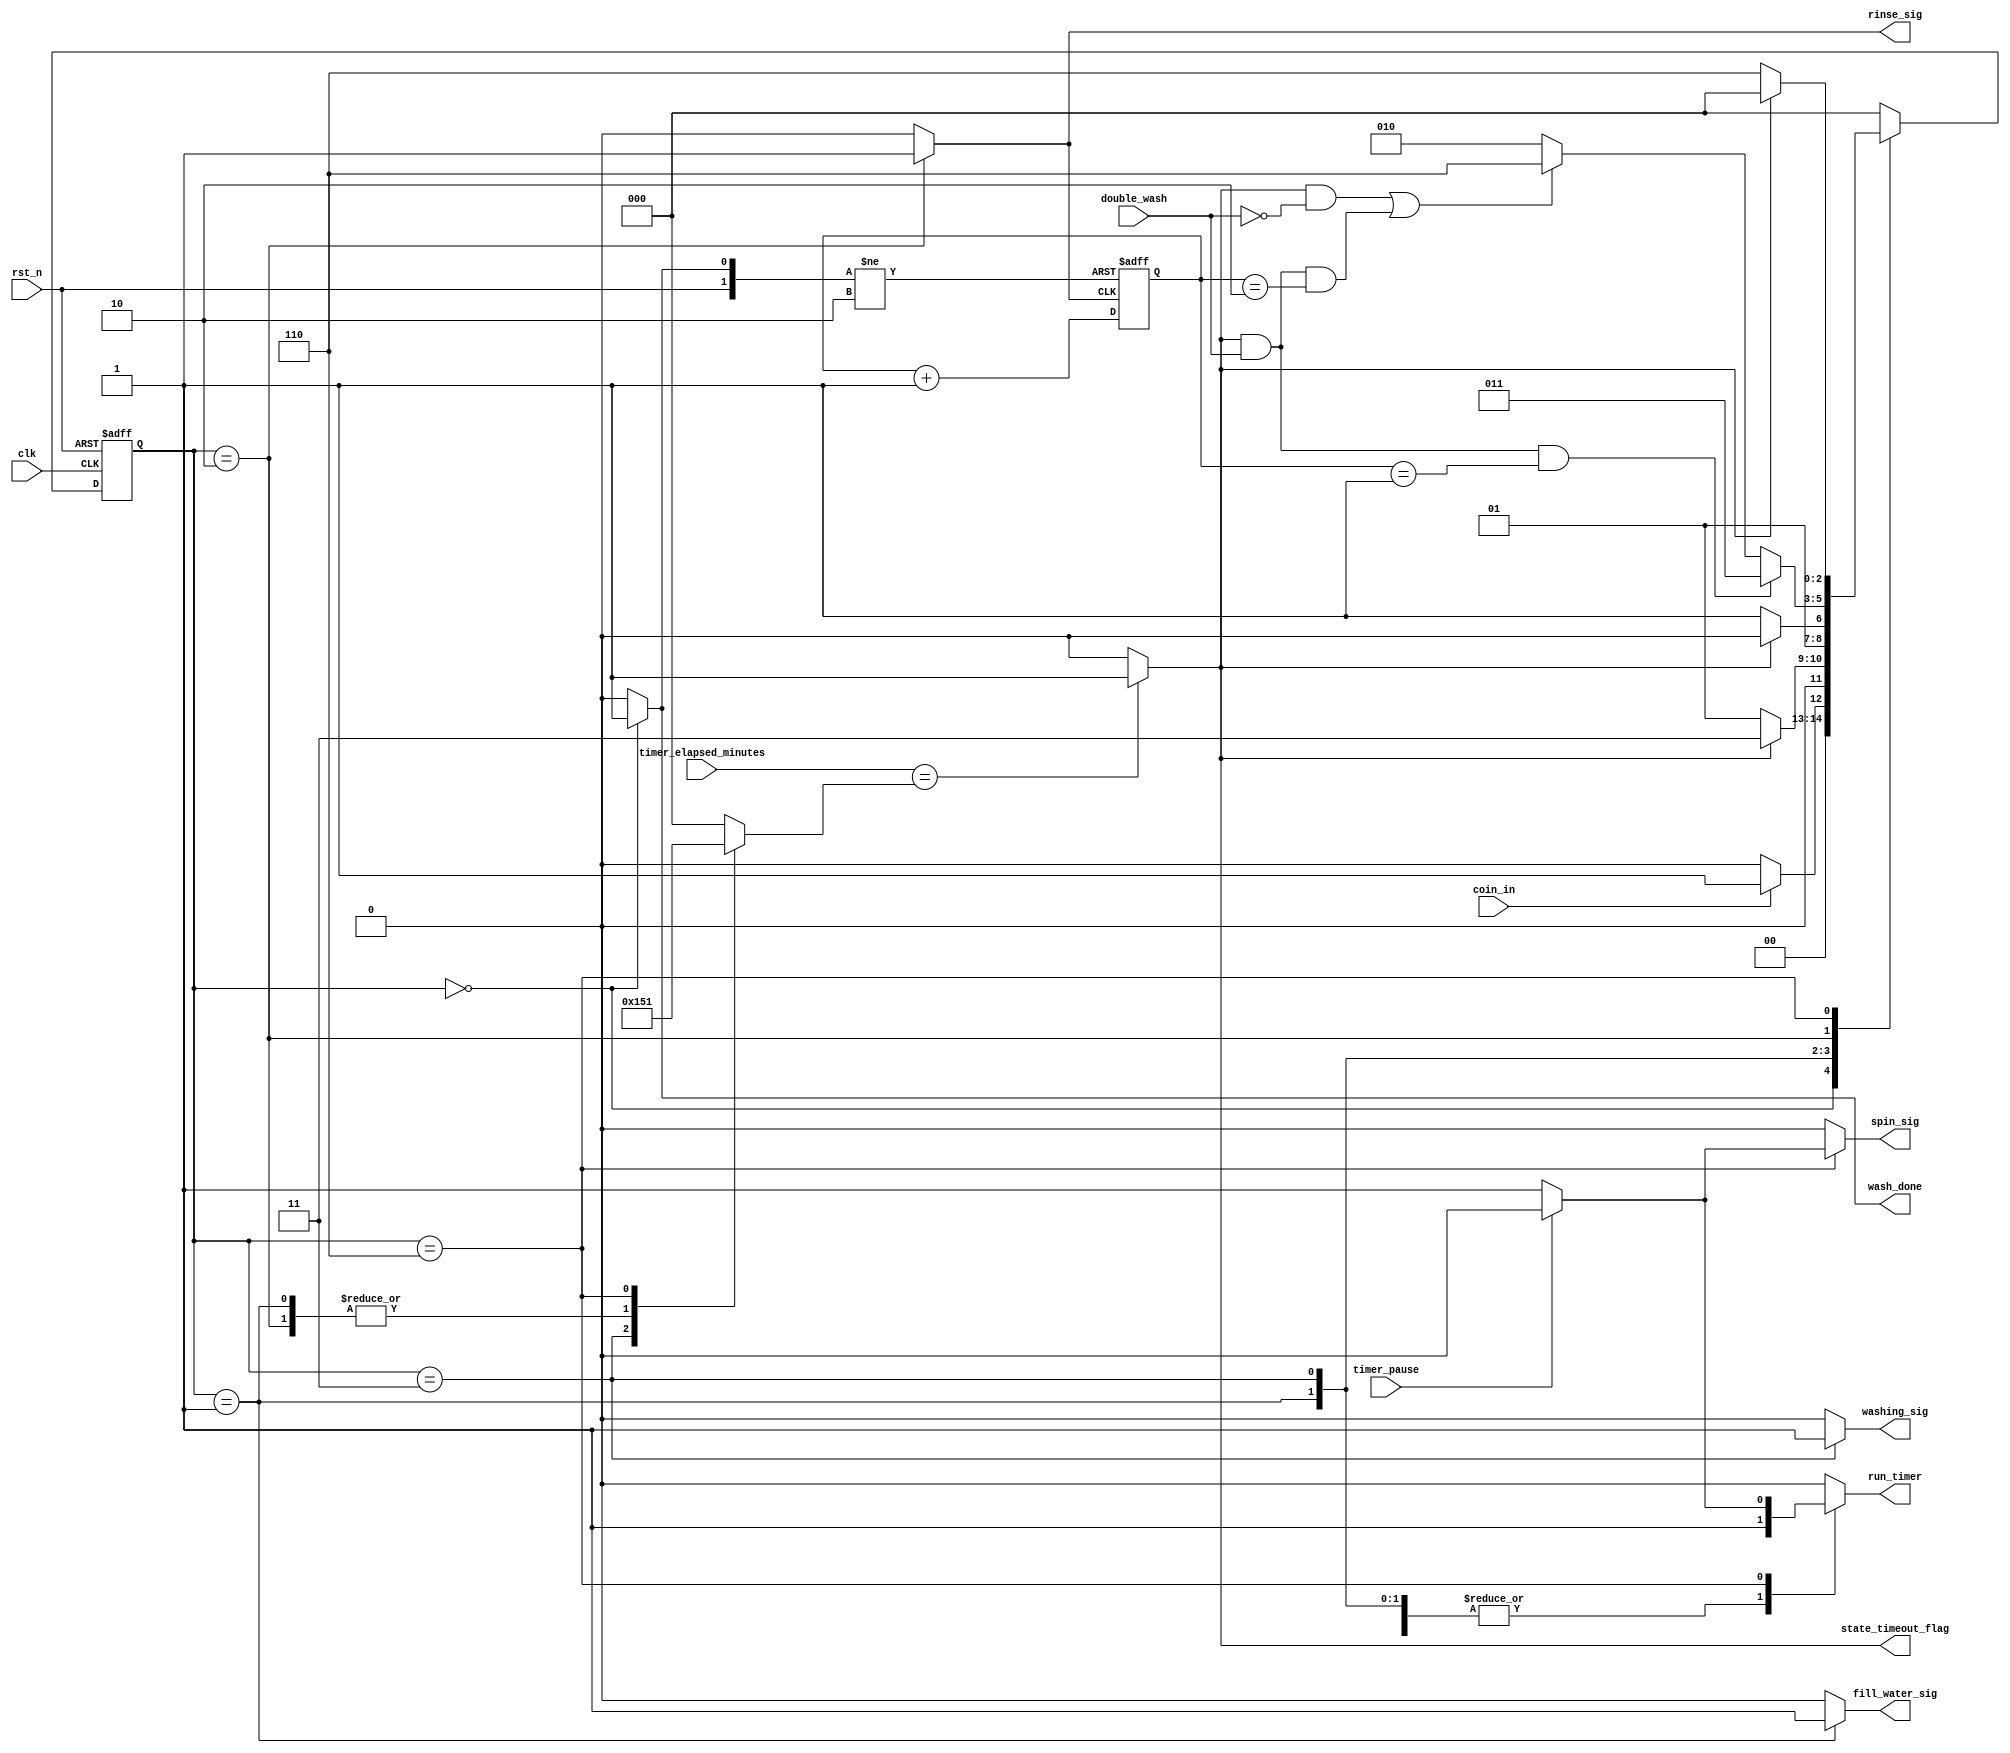
module WashingMachineCU (

input	wire			rst_n, //The Asynchronous Reset
input	wire			clk,  //The output clock from the clock divider
input	wire			coin_in,
input	wire			double_wash,
input	wire			timer_pause,

//The Following input is comming from the Timer "i.e: it's the output of the timer"
input	wire	[2:0]	timer_elapsed_minutes, //this signal informs the CU with output time from the timer

output 	reg				wash_done,  

//Aditional Signals For debugging in the testbench
output	reg				fill_water_sig, 
output	reg				washing_sig,
output	reg				rinse_sig,
output	reg				spin_sig,

//The following signals are control signals to the timer
output	reg				run_timer,  //this signal runs the timer if high, and pauses it if low
output 	wire			state_timeout_flag  //this signal goes high current state duration is elapsed, so it's used to restart the timer in order to start to count over again for the new state, 
											//also this signal is used internally in the control unit in the transition condition between the FSM states.
);
 
//states encoded by gray code, For less switching power
localparam          Idle  = 3'b000 ,
                    Filling_Water = 3'b001 ,                    
                    Washing = 3'b011 ,
					Rinsing = 3'b010 ,
					Spinning = 3'b110 ;
					

reg     [2:0]       current_state ,
                    next_state ;
					
reg		[2:0]		current_state_duration ; //it's assigned with the current state duration.	

reg		[1:0]		wash_rinse_count ;  //This is a Counter that counts the number of "wash tnen rise" cycles, it helps in deciding the next state in both case double wash and single wash 

reg					increment_wash_rinse_count ; //Used to trigger the above wash_rinse counter
 
 assign state_timeout_flag = (timer_elapsed_minutes == current_state_duration) ? 1'b1 : 1'b0 ;  //this flag goes high when the timer reaches the required current state time 
 //(example: if rinsing state "which has 2 minutes duration" is the current state, So when the timer reaches 2 minutes the state_timeout_flag goes high
 
////////////////////////////////////////////////////////
///////////////////////  FSM  //////////////////////////
////////////////////////////////////////////////////////

//We will write the FSM in 3 always blocks

//state transition
always @ (posedge clk or negedge rst_n)
 begin
  if(!rst_n)
   begin
    current_state <= Idle ;
   end
  else
   begin
    current_state <= next_state ;
   end
 end
 
 //next state logic
 always @ (*)
  begin
	case (current_state)
	Idle		:	
				begin
	
				 if ( coin_in )
				  begin
				   next_state = Filling_Water ;
				  end
				 else
				  begin
				   next_state = Idle ;
				  end
				  
				end

	Filling_Water:
				begin
	
				 if ( state_timeout_flag )
				  begin
				   next_state = Washing ;
				  end
				 else
				  begin
				   next_state = Filling_Water ;
				  end
				  
				end
				
	Washing		:
				begin
	
				 if ( state_timeout_flag )
				  begin
				   next_state = Rinsing ;
				  end
				 else
				  begin
				   next_state = Washing ;
				  end
				  
				end
	
	Rinsing		:
				begin
				
				 if ( state_timeout_flag && double_wash && wash_rinse_count == 2'd1 )
				  begin
				   next_state = Washing ;
				  end
				 else if ( (state_timeout_flag && !double_wash) || (state_timeout_flag && double_wash && (wash_rinse_count == 2'd2) ) )
				  begin
				   next_state = Spinning ;
				  end
				 else 
				  begin
				   next_state = Rinsing ;
				  end
				  
				end
		
	Spinning	:
				begin
	
				 if ( state_timeout_flag )
				  begin
				   next_state = Idle ;
				  end
				 else
				  begin
				   next_state = Spinning ;
				  end
				  
				end
				
	default 	: 
				begin
                 next_state = Idle  ;
				end  
    endcase 
  end
  
  //output logic
always @ (*)
 begin
  wash_done  = 1'b0 ;
  current_state_duration  = 3'b0 ;
  run_timer = 1'b0 ;
  
  fill_water_sig = 1'b0 ;
  washing_sig = 1'b0 ;
  rinse_sig = 1'b0 ;
  spin_sig = 1'b0 ;

  increment_wash_rinse_count = 1'b0;
  
   case (current_state)
	Idle   	:  
			begin
             wash_done = 1'b1 ;
			 current_state_duration  = 3'd0 ;
			 run_timer = 1'b0 ;
			 
			 fill_water_sig = 1'b0 ;
			 washing_sig = 1'b0 ;
			 rinse_sig = 1'b0 ;
			 spin_sig = 1'b0 ;
			 increment_wash_rinse_count = 1'b0;
             end
			 
  Filling_Water:
			begin
			 wash_done = 1'b0 ;
			 current_state_duration  = 3'd2 ;
			 run_timer = 1'b1 ;
			 
			 fill_water_sig = 1'b1 ;
			 washing_sig = 1'b0 ;
			 rinse_sig = 1'b0 ;
			 spin_sig = 1'b0 ;
			 increment_wash_rinse_count = 1'b0;
			end
				
	Washing	:
			begin
			 wash_done = 1'b0 ;
			 current_state_duration  = 3'd5 ;
			 run_timer = 1'b1 ;
			 
			 fill_water_sig = 1'b0 ;
			 washing_sig = 1'b1 ;
			 rinse_sig = 1'b0 ;
			 spin_sig = 1'b0 ;
			 increment_wash_rinse_count = 1'b0;
			end
			
	Rinsing	:
			begin
			 wash_done = 1'b0 ;
			 current_state_duration  = 3'd2 ;
			 run_timer = 1'b1 ;
			 
			 fill_water_sig = 1'b0 ;
			 washing_sig = 1'b0 ;
			 rinse_sig = 1'b1 ;
			 spin_sig = 1'b0 ;
			 increment_wash_rinse_count = 1'b1;
			end
			
	Spinning :
			begin
			 wash_done = 1'b0 ;
			 current_state_duration  = 3'd1 ;
			 run_timer = 1'b1 ;
			 
			 fill_water_sig = 1'b0;
			 washing_sig = 1'b0 ;
			 rinse_sig = 1'b0 ;
			 increment_wash_rinse_count = 1'b0;
			 if (timer_pause)	//if this condition is true, The timer is paused by setting the run_timer signal to low and also the the machine stops spinning "spin_sig = 0", this only can happen in the spinning state
			  begin
				run_timer = 1'b0 ;
				spin_sig = 1'b0 ;
			  end
			 else
			  begin
				run_timer = 1'b1 ;
				spin_sig = 1'b1 ;
			  end
			end

   default :
			begin
             wash_done = 1'b0 ;
			 current_state_duration  = 3'd0 ;
			 run_timer = 1'b0 ;
			 
			 fill_water_sig = 1'b0 ;
			 washing_sig = 1'b0 ;
			 rinse_sig = 1'b0 ;
			 spin_sig = 1'b0 ;
			 increment_wash_rinse_count = 1'b0;
             end  
   endcase  
   
 end
 
 //Counter that increments every time the signal "increment_wash_rinse_count" is high and resets to zero when the wash is done
always @ (posedge increment_wash_rinse_count or posedge wash_done or negedge rst_n )
 begin
  if(!rst_n)
   begin
	wash_rinse_count <= 2'd0 ;
   end
  else if (wash_done)
   begin
    wash_rinse_count <= 2'd0 ;
   end
  else 
   begin 
	wash_rinse_count <= wash_rinse_count + 2'd1;
   end
 end

endmodule